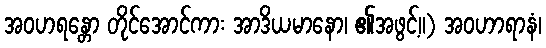
အဝဟရန္တော တိုင်အောင်ကား အာဒိယမာနော၊ ၏အဖွင့်။) အဝဟာရာနံ၊